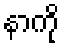
နာကို